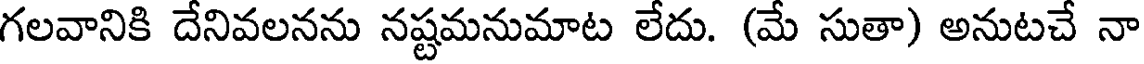
గలవానికి దేనివలనను నష్టమనుమాట లేదు. (మే సుతా) అనుటచే నా